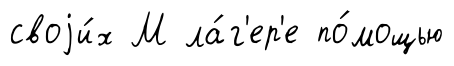
своjи́х М ла́г'ер'е по́мощью